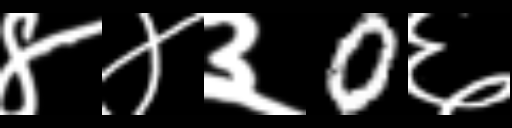
Text: ४४३0६